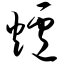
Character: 炉